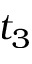
t _ { 3 }